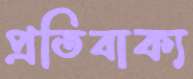
প্রতিবাক্য